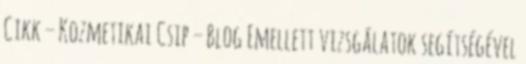
Cikk – Kozmetikai Csip – Blog Emellett vizsgálatok segítségével